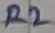
Text: R2